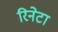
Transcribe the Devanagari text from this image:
रिनेटा